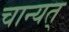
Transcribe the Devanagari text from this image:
चान्यत्